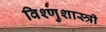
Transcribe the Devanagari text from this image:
विश्णुशास्त्री